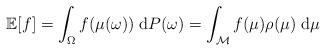
LaTeX: \begin{align*} \mathbb{E} [ f ] = \displaystyle \int_{\Omega} f(\mu(\omega)) \; {\rm d}P(\omega) = \int_{\mathcal{M}} f(\mu) \rho(\mu) \; {\rm d}\mu\end{align*}